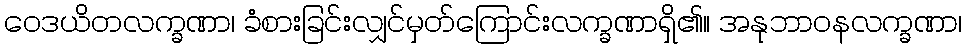
ဝေဒယိတလက္ခဏာ၊ ခံစားခြင်းလျှင်မှတ်ကြောင်းလက္ခဏာရှိ၏။ အနုဘာဝနလက္ခဏာ၊